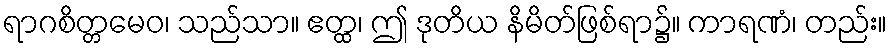
ရာဂစိတ္တမေဝ၊ သည်သာ။ ဧတ္ထ၊ ဤ ဒုတိယ နိမိတ်ဖြစ်ရာ၌။ ကာရဏံ၊ တည်း။